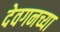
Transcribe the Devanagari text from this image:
देवगनच्या